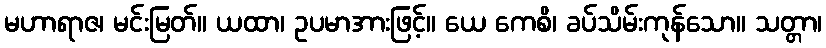
မဟာရာဇ၊ မင်းမြတ်။ ယထာ၊ ဥပမာအားဖြင့်။ ယေ ကေစိ၊ ခပ်သိမ်းကုန်သော။ သတ္တာ၊